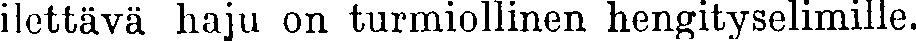
ilettävä haju on turmiollinen hengityselimille.